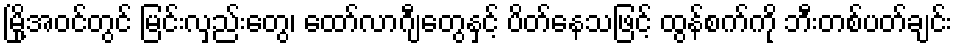
မြို့အဝင်တွင် မြင်းလှည်းတွေ၊ ထော်လာဂျီတွေနှင့် ပိတ်နေသဖြင့် ထွန်စက်ကို ဘီးတစ်ပတ်ချင်း